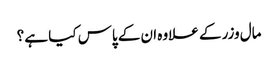
مال وزر کے علاوہ ان کے پاس کیا ہے ؟